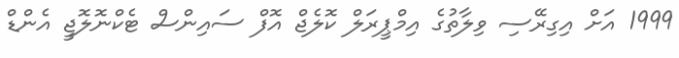
1999 އަށް އިގިރޭސި ވިލާތުގެ އިމްޕީރަލް ކޮލެޖް އޮފް ސައިންސް ޓެކްނޮލޮޖީ އެންޑް